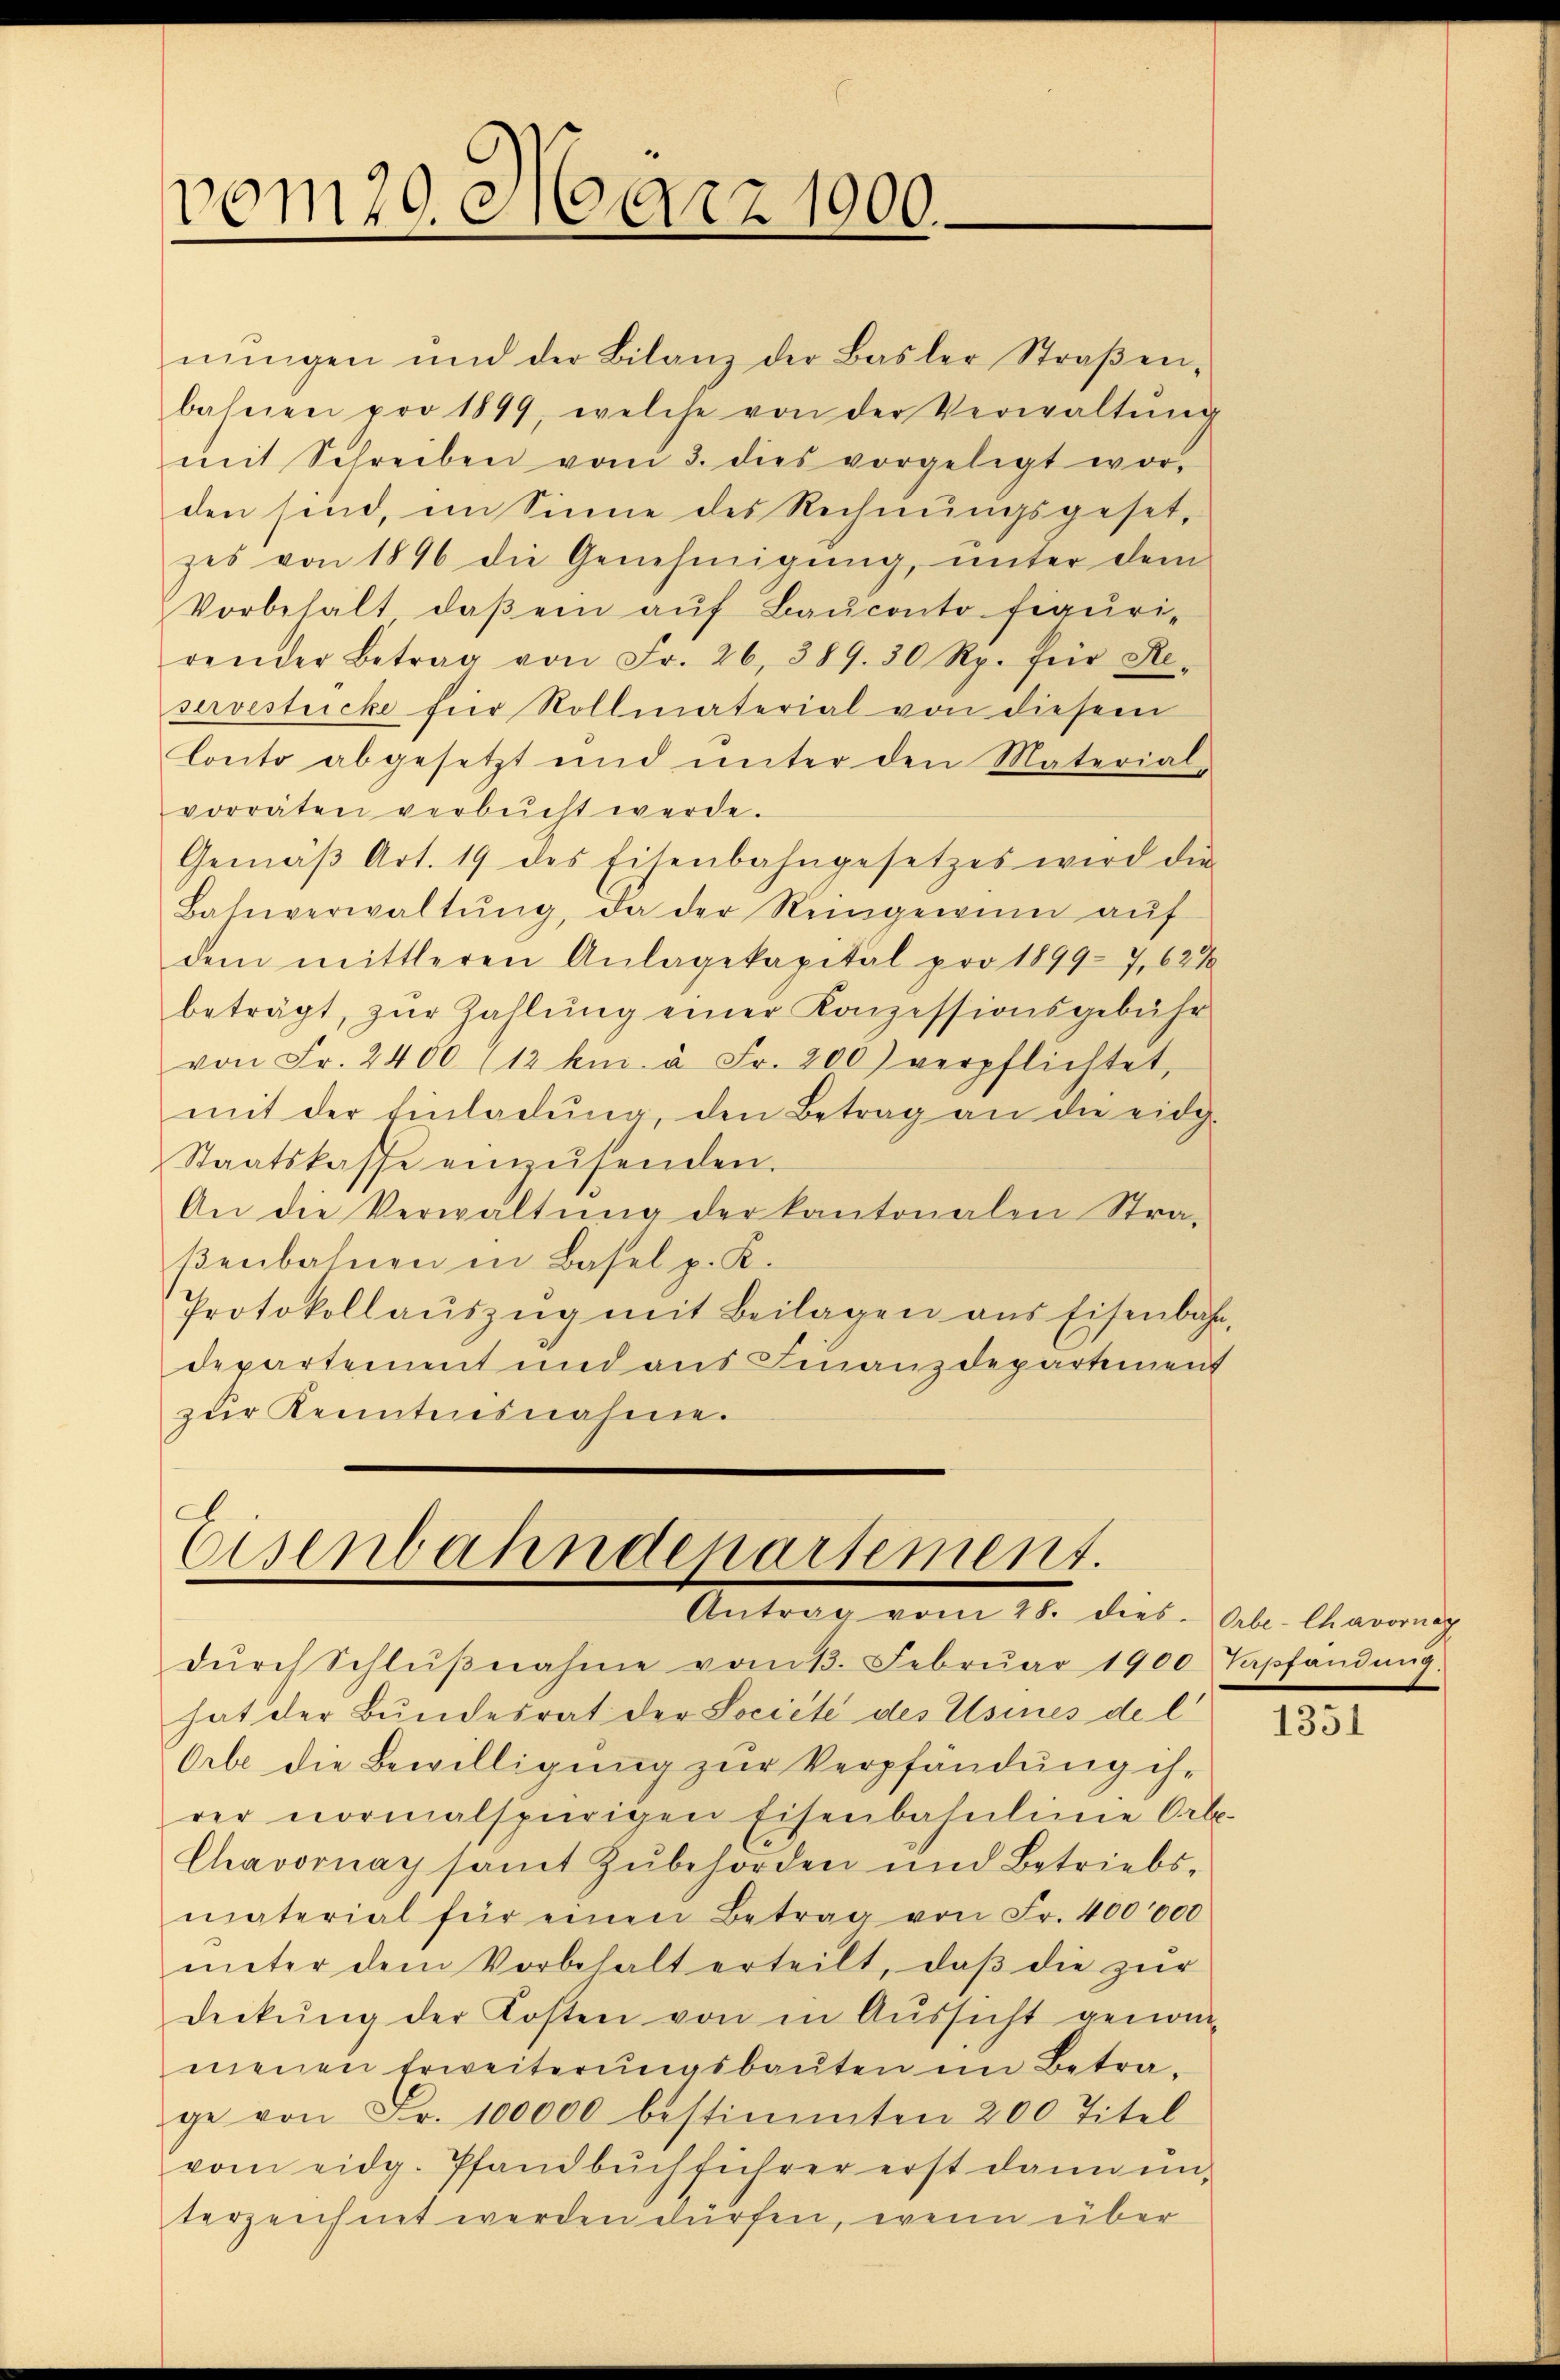
vom 19. März 1900.

nŭngen und der Bilanz der Basler Straβen-
bahnen pro 1899, welche von der Verwaltŭng
mit Schreiben vom 3. dies vorgelegt wor-
den sind, im Sinne des Rechnungsgesetz
zes von 1896 die Genehmigŭng, unter dem
Vorbehalt daβ ein aŭf Baŭconto figuri-
render Betrag von Fr. 26, 389. 30 Rp. für Reservestricke für Rollmaterial von diesem
Conto abgesetzt und unter den Material-
vorräten verbucht werde.
Gemäβ Art. 19 des Eisenbahngesetzes wird die
Bahnverwaltŭng, da der Reingewinn aŭf
dem mittleren Anlagekapital pro 1899-7,627
beträgt, zŭr Zahlŭng einer Konzessionsgebühr
von Fr. 2400 (12 km. à Fr. 200 verpflichtet,
mit der Einladŭng, den Betrag an die eidg.
Staatskasse einzŭsenden.
An die Verwaltŭng der kantonalen Stra-
βenbahnen in Basel p. K.
Protokollaŭszŭg mit Beilagen aus Eisenbahn,
departement und aus Finanzdepartement
zur Kenntnisnahme.

Eisenbahndenartement.
Antrag vom 28. dies. Abe-Chavornag

dŭrch Schlŭβnahme vom 13. Febrŭar 1900 Tapfandŭng.
hat der Bundesrat der Societe des Usines de l
Orbe die Bewilligŭng zŭr Verpfändung ih-
rer normalspurigen Eisenbahnlinie Orbe-
Chavornay samt zŭbehörden und Betriebs-
material für einen Betrag von Fr. 400000
ŭnter dem Vorbehalt erteilt, daβ die zŭr
deckung der Kosten von in Aussicht genom-
menen Erweiterŭngsbaŭten im Betra-
ge von Fr. 100000 bestimmten 200 Titel
vom eidg. Pfandbŭchführer erst dann ŭn-
terzeichnet werden dürfen, wenn über

1351